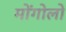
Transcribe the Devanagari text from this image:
मोंगोलो